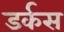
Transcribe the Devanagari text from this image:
डर्कस